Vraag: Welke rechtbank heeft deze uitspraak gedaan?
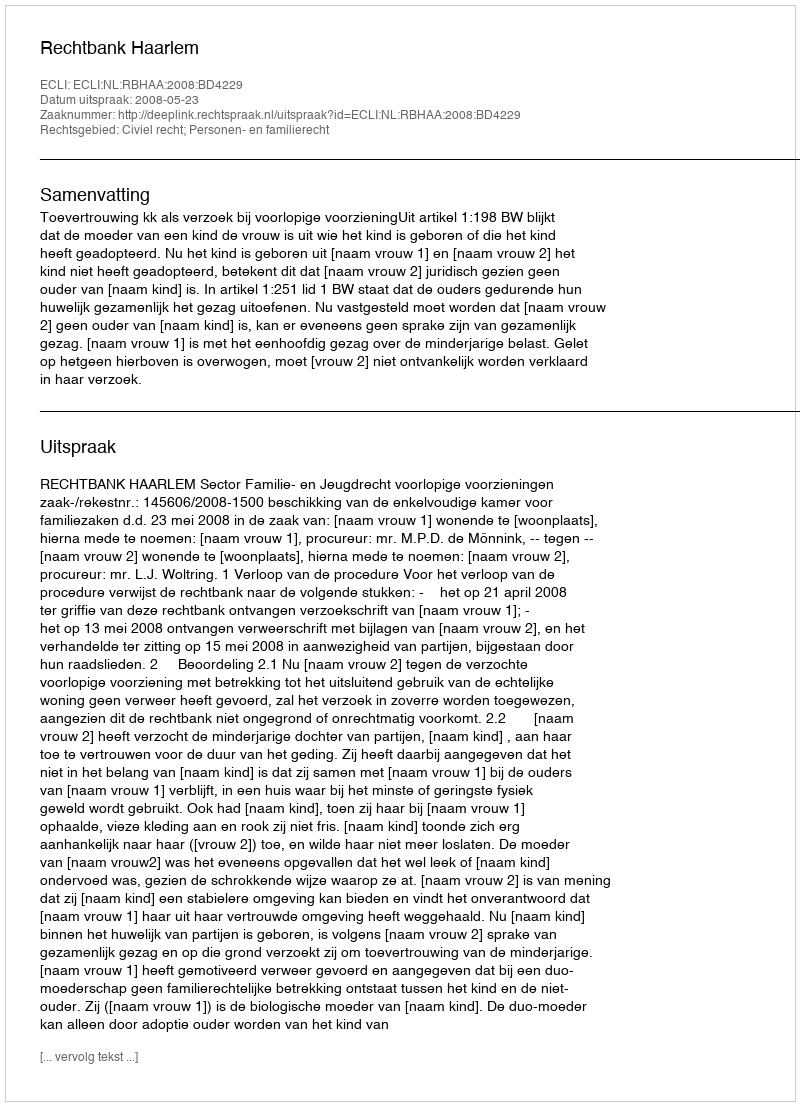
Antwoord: Rechtbank Haarlem